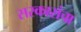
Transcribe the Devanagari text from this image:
सरकारांचा